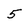
Character: 5